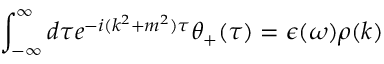
\int _ { - \infty } ^ { \infty } d \tau e ^ { - i ( k ^ { 2 } + m ^ { 2 } ) \tau } \theta _ { + } ( \tau ) = \epsilon ( \omega ) \rho ( k )